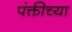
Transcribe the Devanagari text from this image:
पंक्तीच्या